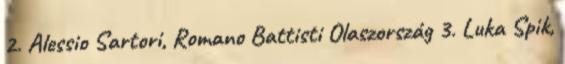
2. Alessio Sartori, Romano Battisti Olaszország 3. Luka Spik,